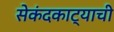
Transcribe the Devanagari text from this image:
सेकंदकाट्याची